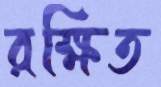
রক্ষিত